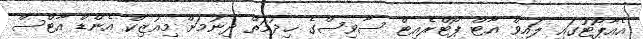
އެއާޕޯޓުގައި ލައިވް އާޓް ޕޯޓްރެއިޓް ސާވިސްގެ ޚިދުމަތް ދިނުމަށް މިއުޒިކް އެންޑް އާޓްސް